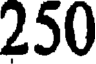
250